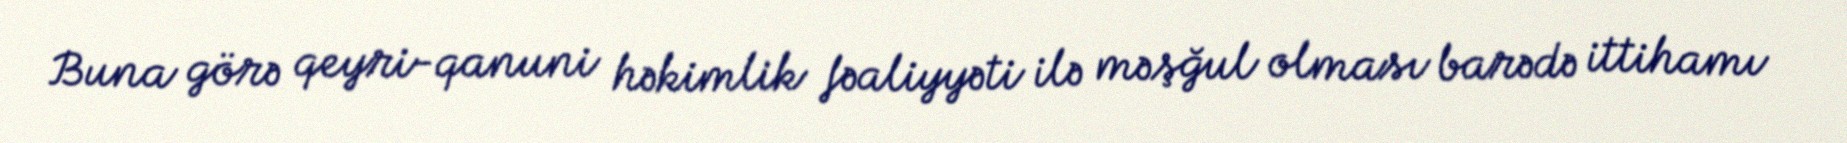
Buna görə qeyri-qanuni həkimlik fəaliyyəti ilə məşğul olması barədə ittihamı